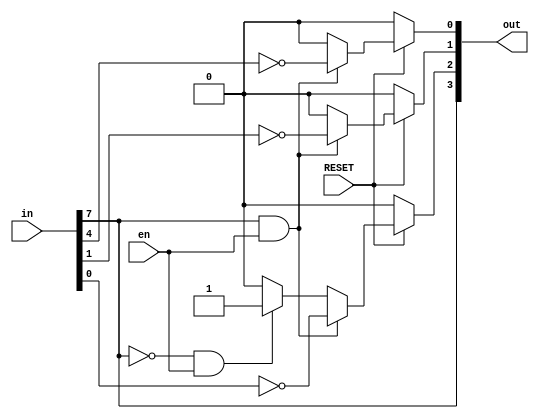
module control_word_reg (in , out, en, RESET);
	/*
		# Controlling Port A,B,C I/O modes
		# [7:0] in -> control word from Port D when a0 = 1 | a1 = 1
		# [2:0] out -> I/O modes for Port A,B,C and [3] out -> IC_mode BSR or Mode_0
		# en -> Enable Module when a0 = 1 | a1 = 1
		# RESET -> Change Ports to input mode
	*/
	input [7:0]in; input RESET;	output [3:0]out;	input wire en;
	assign out[0] = (RESET==0)? 1'b0 : (in[7]==1 && en==1) ? ~in[4] :(in[7]==0 && en==1) ? 1'b0  : 1'b0;
	assign out[1] = (RESET==0)? 1'b0 : (in[7]==1 && en==1) ? ~in[1] :(in[7]==0 && en==1) ? 1'b0  : 1'b0;
	assign out[2] = (RESET==0)? 1'b0 : (in[7]==1 && en==1) ? ~in[0] :(in[7]==0 && en==1) ? 1'b1  : 1'b0;
	assign out[3] = in[7];
endmodule

/** ** ** ** ** ** ** **/

module control_unit (CS,RD,WR,A0,A1,control, ic_mode);
	/*	
		# Controlling Port A,B,C,D Enables in Mode_0 and BSR
		# output [3:0] control -> Enables wires for ports
	*/
	input CS,RD,WR,A0,A1,ic_mode;	output [3:0]control;
	
	reg [3:0]control_reg;
	assign control = control_reg;

	always @(*) begin
		
		if(~CS)begin 
			if(~A0 && ~A1) begin // port A
				if(~RD || ~WR) begin
					control_reg[0] <= 1'b1;
					control_reg[3] <= 1'b1;

					control_reg[1] <= 1'b0;
					control_reg[2] <= 1'b0;
				end // if(RD || WR)end
			end
			if(A0 && ~A1) begin // port B
				if(~RD || ~WR) begin
					control_reg[1] <= 1'b1;
					control_reg[3] <= 1'b1;

					control_reg[0] <= 1'b0;
					control_reg[2] <= 1'b0;
				end // if(RD || WR)end
			end
			if(~A0 && A1) begin // port C
				if(~RD || ~WR) begin
					control_reg[2] <= 1'b1;
					control_reg[3] <= 1'b1;

					control_reg[0] <= 1'b0;
					control_reg[1] <= 1'b0;
				end // if(RD || WR)end
			end
			if(A0 && A1) begin // port D to ctrl-word-reg
				if(~RD || ~WR) begin
					if(ic_mode == 0) begin
						control_reg[2] <= 1'b1;
						control_reg[3] <= 1'b1;

						
					end else begin 
						control_reg[3] <= 1'b1;

						control_reg[0] <= 1'b0;
						control_reg[1] <= 1'b0;
						control_reg[2] <= 1'b0;
					end
				end // if(RD || WR)end
			end
		end
		else begin
			control_reg = 4'b0000;
		end
	end // always @(CS,RD,WR,A0,A1,RESET)
endmodule

/** ** ** ** ** ** ** **/

module Tri_State_Buffer (in, out, enable);
	input [7:0]in ;
	input enable;
	output [7:0]out;
	assign out = enable? in : 8'bzzzzzzzz;
endmodule

/** ** ** ** ** ** ** **/

module port8 (port , databus, mode , enable);
	/*
		# Port A,B,D Declarations 
	*/
	inout [7:0]port;	inout [7:0]databus;		input mode , enable;
	wire en1 , en2;
	assign en1 = enable & (~mode);
	assign en2 = enable & (mode);
	Tri_State_Buffer t2(port , databus , en1);
	Tri_State_Buffer t1(databus , port , en2);
endmodule

/** ** ** ** ** ** ** **/

module portC8 (port , databus, mode , enable, ic_mode ,A);
	/*
		# Port C Declarations 
		# BSR mode Implementation
	*/
	inout [7:0]port;	inout [7:0]databus;		input mode , enable, ic_mode ,A;
	wire en1 , en2;

	assign en1 = enable & (~mode) & ic_mode;
	assign en2 = enable & (mode) & ic_mode;

	Tri_State_Buffer t2(port , databus , en1);
	Tri_State_Buffer t1(databus , port , en2);

	/* ** ** ** BSR MODE ** ** ** */ 
	assign port[0] = (databus[3:1] == 3'b000 && ic_mode == 0 && A==1)? databus[0] : (ic_mode == 0) ? port[0]  : 1'bz;
	assign port[1] = (databus[3:1] == 3'b001 && ic_mode == 0 && A==1)? databus[0] : (ic_mode == 0) ? port[1]  : 1'bz;
	assign port[2] = (databus[3:1] == 3'b010 && ic_mode == 0 && A==1)? databus[0] : (ic_mode == 0) ? port[2]  : 1'bz;
	assign port[3] = (databus[3:1] == 3'b011 && ic_mode == 0 && A==1)? databus[0] : (ic_mode == 0) ? port[3]  : 1'bz;
	assign port[4] = (databus[3:1] == 3'b100 && ic_mode == 0 && A==1)? databus[0] : (ic_mode == 0) ? port[4]  : 1'bz;
	assign port[5] = (databus[3:1] == 3'b101 && ic_mode == 0 && A==1)? databus[0] : (ic_mode == 0) ? port[5]  : 1'bz;
	assign port[6] = (databus[3:1] == 3'b110 && ic_mode == 0 && A==1)? databus[0] : (ic_mode == 0) ? port[6]  : 1'bz;
	assign port[7] = (databus[3:1] == 3'b111 && ic_mode == 0 && A==1)? databus[0] : (ic_mode == 0) ? port[7]  : 1'bz;

endmodule

/* ** ** ** ** ** */

module Top_module (PA,PB,PC,PD,CS,A,RST,RD,WR);

	inout [7:0] PA;	inout [7:0] PB;	inout [7:0] PC;	inout [7:0] PD;	input wire CS,RST,RD,WR;	input wire [1:0] A; /* IC interface */


	wire [7:0] databus; /* internal bus between Port A,B,C,D*/
	
	assign PD_mode = (~RD) ? 1'b1 : (~WR) ? 1'b0 : 1'b0; /* Port D enable as read or write*/
	wire [3:0] port_enable; /* each bit connected to enable pin of each port A,B,C */

	control_unit ctrl(CS,RD,WR,A[0],A[1],port_enable, PD[7]);

	wire ctrl_word_reg_enable; /* Enable control word reg when A0 = 1 | A1 = 1 */
	assign ctrl_word_reg_enable = (A[0] & A[1]);

	wire [3:0] ctrl_word_reg_out; /* carry control word for port mode select */
	reg [7:0] control_word; /* saving control word when A0 = 1 | A1 = 1 */
	control_word_reg ctrl_word_reg (control_word  , ctrl_word_reg_out, 1'b1, RST);


	port8  PortA(PA,databus			,ctrl_word_reg_out[0]  	,port_enable[0]);
	port8  PortB(PB,databus			,ctrl_word_reg_out[1]  	,port_enable[1]);
	portC8 portC(PC,databus			,ctrl_word_reg_out[2] 	,port_enable[2]	,ctrl_word_reg_out[3],	ctrl_word_reg_enable);
	port8  portD(PD,databus			,PD_mode  				,port_enable[3]);
	
	always @(*) begin
		if(A[0] & A[1]) begin
			control_word <= PD;
		end else begin
			control_word <= control_word;
		end
	end

endmodule

/** ** ** ** ** ** ** **/

module top_module_tb();

	reg [7:0] DeviceA;	reg [7:0] DeviceB;	reg [7:0] DeviceC;	reg [7:0] DeviceD;
	wire [7:0] PA;	wire [7:0] PB;	wire [7:0] PC;	wire [7:0] PD;
	reg cs,rd,wr,rst; 	reg [1:0]a;

	Top_module tpmd (PA,PB,PC,PD,cs,a,rst,rd,wr);

	assign PA = (~rd && wr) ? DeviceA : 8'bzzzzzzzz;
	assign PB = (~rd && wr) ? DeviceB : 8'bzzzzzzzz;
	assign PC = (~rd && wr) ? DeviceC : 8'bzzzzzzzz;
	assign PD = (~wr && rd) ? DeviceD : 8'bzzzzzzzz;

	initial begin
	
		cs = 1;		rd = 1;		wr = 1;		rst = 1;	a[0] = 1'b0;	a[1] = 1'b0;
		
		$monitor("rd %b wr %b ||| a0 %b a1 %b |||PD %b PA %b PB %b PC %b",rd,wr,a[0],a[1],PD,PA,PB,PC);

		$display("********************WRITE*************************");
		#5
		cs <= 0;
		a[0] <= 1;
		a[1] <= 1;
		DeviceD <= 8'b1000_0000;
		wr <= 0;
		rd <= 1;

		#5
		a[0] <= 0;
		a[1] <= 0;
		DeviceD <= 8'b0101_0101;
		wr <= 0;
		rd <= 1;

		#5
		a[0] <= 1;
		a[1] <= 0;
		DeviceD <= 8'b1001_1001;
		wr <= 0;
		rd <= 1;

		#5
		a[0] <= 0;
		a[1] <= 1;
		DeviceD <= 8'b1111_1001;
		wr <= 0;
		rd <= 1;

		#5
		$display("********************READ*************************");
		
		#5
		a[0] <= 1;
		a[1] <= 1;
		DeviceD <= 8'b1001_1011;
		wr <= 0;
		rd <= 1;

		#5
		a[0] <= 0;
		a[1] <= 0;
		DeviceA <= 8'b1000_1000;
		DeviceB <= 8'b1001_1001;
		DeviceC <= 8'b1011_1101;
		rd <= 0;
		wr <= 1;

		#5
		a[0] <= 1;
		a[1] <= 0;
		DeviceA <= 8'b1000_1000;
		DeviceB <= 8'b1001_1001;
		DeviceC <= 8'b1011_1101;
		rd <= 0;
		wr <= 1;

		#5
		a[0] <= 0;
		a[1] <= 1;
		DeviceA <= 8'b1000_1000;
		DeviceB <= 8'b1001_1001;
		DeviceC <= 8'b1011_1101;
		rd <= 0;
		wr <= 1;
		

		#5
		$display("**********************BSR***********************");

		#5
		cs <= 0;
		a[0] <= 1;
		a[1] <= 1;
		DeviceD <= 8'b0000_0001;
		wr <= 0;
		rd <= 1;

		#5
		cs <= 0;
		a[0] <= 1;
		a[1] <= 1;
		DeviceD <= 8'b0000_1111;
		wr <= 0;
		rd <= 1;

		#5
		a[0] <= 1;
		a[1] <= 1;
		DeviceD <= 8'b0000_1011;
		wr <= 0;
		rd <= 1;

		#5
		a[0] <= 1;
		a[1] <= 1;
		DeviceD <= 8'b0xxx_1110;
		wr <= 0;
		rd <= 1;

		#5
		a[0] <= 1;
		a[1] <= 1;
		DeviceD <= 8'b0xxx_0011;
		wr <= 0;
		rd <= 1;

		#5
		a[0] <= 1;
		a[1] <= 1;
		DeviceD <= 8'b0xxx_0001;
		wr <= 0;
		rd <= 1;

		#5
		a[0] <= 1;
		a[1] <= 1;
		DeviceD <= 8'b0xxx_1110;
		wr <= 0;
		rd <= 1;


	end

endmodule